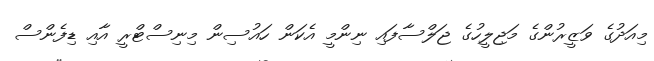
މިއަދުގެ ވަޒީރުންގެ މަޖިލީހުގެ ޖަލްސާފައި ނިންމީ އެކަން ހައުސިން މިނިސްޓްރީ އާއި ޑިފެންސް